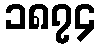
၁၈၇၄